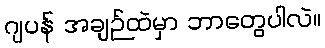
ဂျပန် အချဉ်ထဲမှာ ဘာတွေပါလဲ။